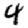
Digit: 4